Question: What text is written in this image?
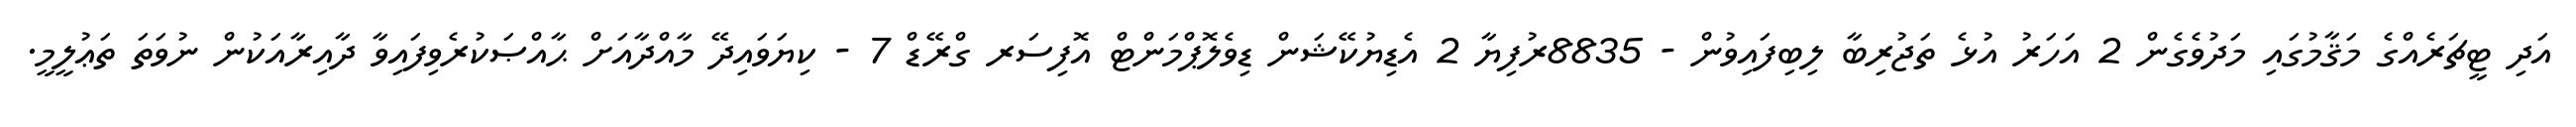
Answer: އަދި ޓީޗަރެއްގެ މަޤާމުގައި މަދުވެގެން 2 އަހަރު އުޅެ ތަޖުރިބާ ލިބިފައިވުން - 8835ރުފިޔާ 2 އެޑިޔުކޭޝަން ޑިވެލޮޕްމަންޓް އޮފިސަރ ގްރޭޑް 7 - ކިޔަވައިދޭ މާއްދާއަށް ޙާއްޞަކުރެވިފައިވާ ދާއިރާއަކުން ނުވަތަ ތަޢުލީމީ.